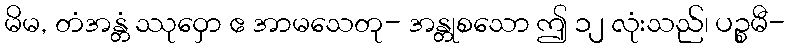
မိမ, တံအန္တံ ဿုဝှော ဧ အာမသေတု- အန္တုစသော ဤ ၁၂ လုံးသည်၊ ပဉ္စမီ-